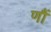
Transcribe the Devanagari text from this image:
णौं